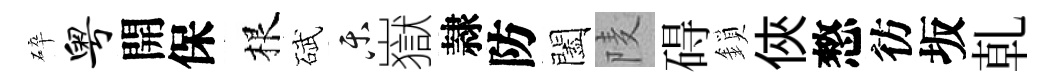
碎粤開保根碔乐嶽隷防闔𨹧碍鎖俠憗彷坂乹